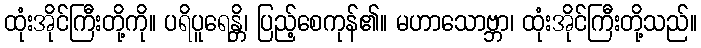
ထုံးအိုင်ကြီးတို့ကို။ ပရိပူရေန္တိ၊ ပြည့်စေကုန်၏။ မဟာသောဗ္ဘာ၊ ထုံးအိုင်ကြီးတို့သည်။